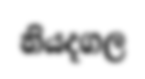
නියදගල